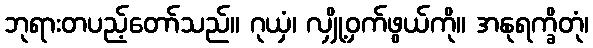
ဘုရားတပည့်တော်သည်။ ဂုယှံ၊ လျှို့ဝှက်ဖွယ်ကို။ အနုရက္ခိတုံ၊